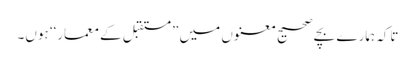
تاکہ ہمارے بچے صحیح معنوں میں ”مستقبل کے معمار‘‘ ہوں۔